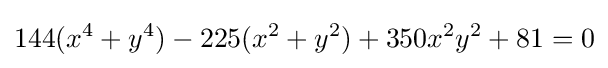
\displaystyle 144(x^{4}+y^{4})-225(x^{2}+y^{2})+350x^{2}y^{2}+81=0